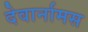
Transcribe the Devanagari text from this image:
देवार्नामस